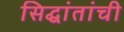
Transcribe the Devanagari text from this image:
सिद्घांतांची